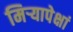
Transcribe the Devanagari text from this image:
मिऱ्यापेक्षां